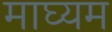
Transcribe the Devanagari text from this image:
माघ्‍यम